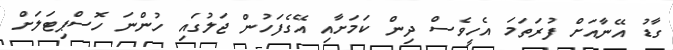
ގާޑު އޭނާއަށް ފުރަތަމަ އެހީވެސް ދިން ކަމަށާއި އޭގެފަހުން ޖަލުގައި ހުންނަ ހޮސްޕިޓަލަށް